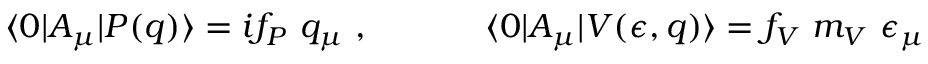
\langle 0 | A _ { \mu } | P ( q ) \rangle = i f _ { P } ~ q _ { \mu } ~ , ~ ~ ~ ~ ~ ~ ~ ~ ~ ~ \langle 0 | A _ { \mu } | V ( \epsilon , q ) \rangle = f _ { V } ~ m _ { V } ~ \epsilon _ { \mu }